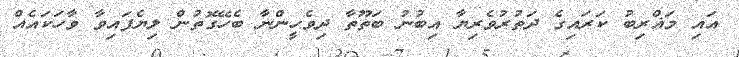
އައި މަޣްރިބު ކަރައިގެ ދަތުރުވެރިޔާ އިބުނު ބަތޫތާ ދިވެހީންނާ ބެހޭގޮތުން ލިޔެފައިވާ ވާހަކައެއް